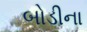
બોડીના